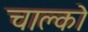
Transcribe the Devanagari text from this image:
चाल्को